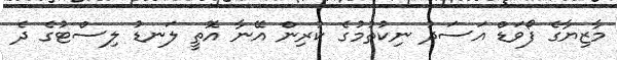
މާޒިޔާގެ ފޯވަޑް އަސަދު ނިކުތުމުގެ ކުރިން އޭނާ އޮތީ ލަނޑު ލިސްޓުގެ ދެ